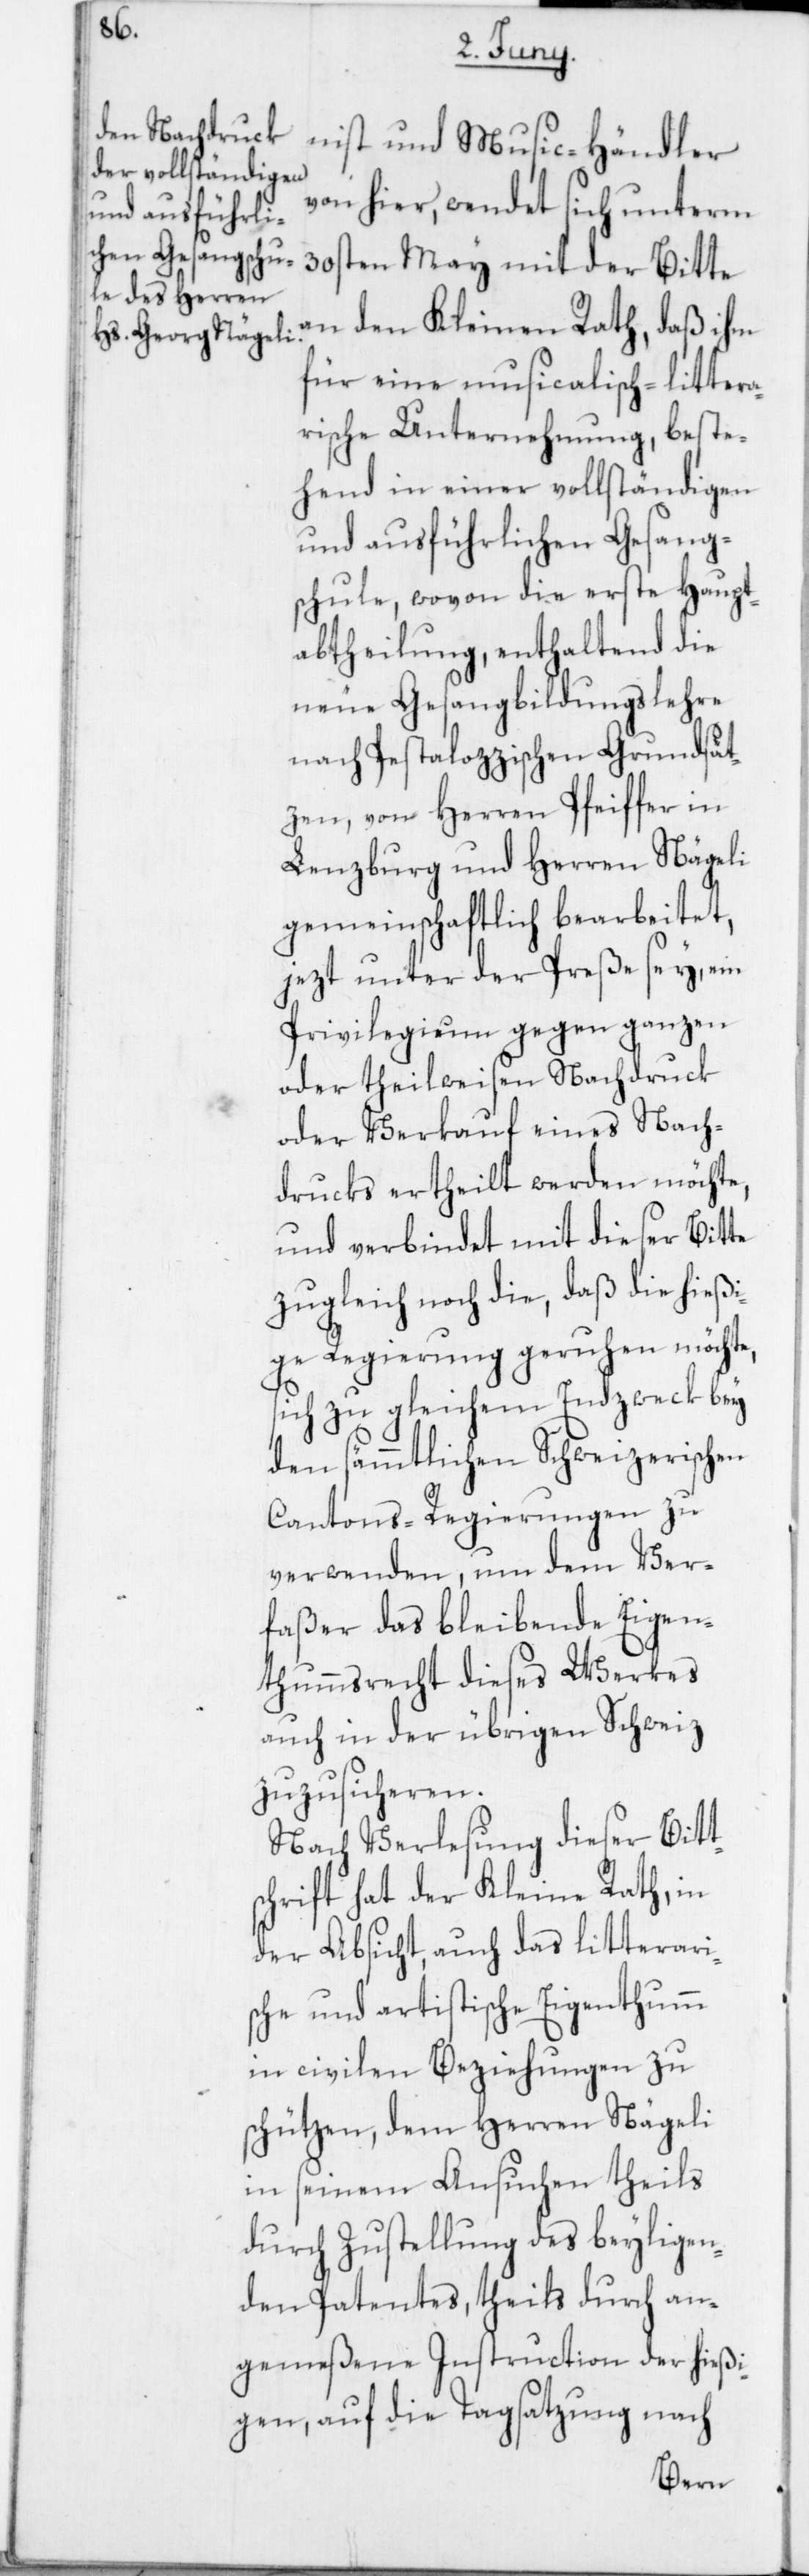
nist und Music-Händler
von hier, wendet sich unterm
30sten May mit der Bitte
an den Kleinen Rath, daß ihm
für eine musicalisch-littera¬
rische Unternehmung, beste¬
hend in einer vollständigen
und ausführlichen Gesang¬
schule, wovon die erste Haupt¬
abtheilung, enthaltend die
neue Gesangbildungslehre
nach Pestalozzischen Grundsät¬
zen, von Herren Pfeiffer in
Lenzburg und Herren Nägeli
gemeinschaftlich bearbeitet,
jezt unter der Preße sey, ein
Privilegium gegen ganzen
oder theilweisen Nachdruck
oder Verkauf eines Nach¬
drucks ertheilt werden möchte,
und verbindet mit dieser Bitte
zugleich noch die, daß die hießi¬
ge Regierung geruhen möchte,
sich zu gleichem Endzweck bey
den sämmtlichen Schweizerischen
Cantons-Regierungen zu
verwenden, um dem Ver¬
faßer das bleibende Eigen¬
thummsrecht dieses Werkes
auch in der übrigen Schweiz
zuzusicheren.
Nach Verlesung dieser Bitt¬
schrift hat der Kleine Rath in
der Absicht, auch das litterari¬
sche und artistische Eigenthumm
in civilen Beziehungen zu
schützen, dem Herren Nägeli
in seinem Ansuchen theils
durch Zustellung des beyligen¬
den Patentes, theils durch an¬
gemeßene Instruction der hießi¬
gen, auf die Tagsatzung nach